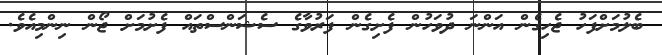
ބެލުމަށްފަހު ޖެހިގެން އަންނަ ދުވަހުން ފެށިގެން ފަރުވާގެ ސެޝަންސްތައް ފެށުމަށް ޖޯން ނިންމިއެވެ.